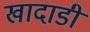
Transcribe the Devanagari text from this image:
खादाडी